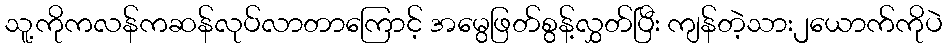
သူ့ကိုကလန်ကဆန်လုပ်လာတာကြောင့် အမွေဖြတ်စွန့်လွှတ်ပြီး ကျန်တဲ့သား၂ယောက်ကိုပဲ